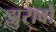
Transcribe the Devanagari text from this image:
झुरावो